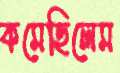
কমেছিলেম